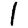
Digit: 1